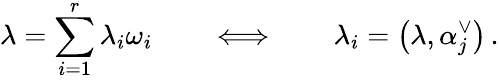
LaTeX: \lambda=\sum_{i=1}^{r}\lambda_{i}\omega_{i}\qquad\Longleftrightarrow\qquad\lambda_{i}=\left(\lambda,\alpha_{j}^{\vee}\right)\, .